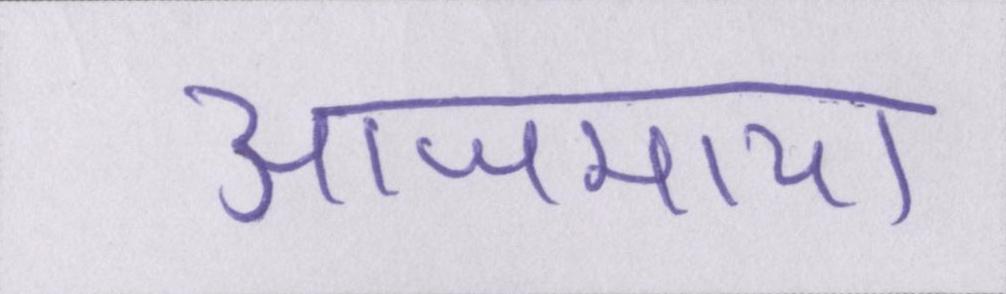
आजमाया